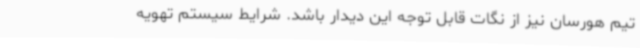
تیم هورسان نیز از نگات قابل توجه این دیدار باشد. شرایط سیستم تهویه